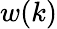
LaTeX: w(k)